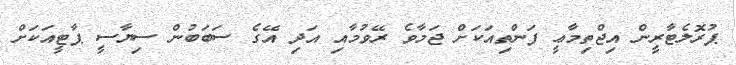
ޕުރޮލެޓާރީން އިޖްތިމާޢީ ފަންތިއަކަށް ޖަމާވެ ރޭވުމާއި އަދި އޭގެ ސަބަބުން ސިޔާސީ ޕާޓީއަކަށް